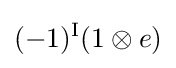
(-1)^{\textrm {I}}(1\otimes e)